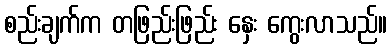
စည်းချက်က တဖြည်းဖြည်း နှေး ကွေးလာသည်။